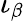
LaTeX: \iota_{\beta}